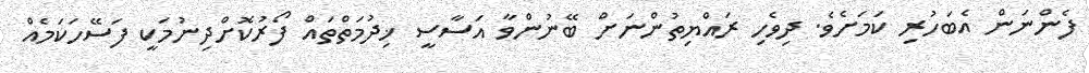
ފެންނަން އެބަހުރި ކަމަށެވެ. ދިވެހި ރައްޔިތުންނަށް ބޭނުންވާ އަސާސީ ޚިދުމަތްތައް ފޯރުކޮށްދިނުމަކީ ފަސޭހަކަމެއް